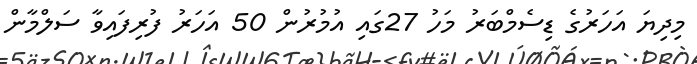
މިދިޔަ އަހަރުގެ ޑިސެމްބަރު މަހު 27ގައި އުމުރުން 50 އަހަރު ފުރިފައިވާ ސަލްމާން